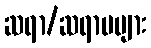
ဆရာ/ဆရာမများ